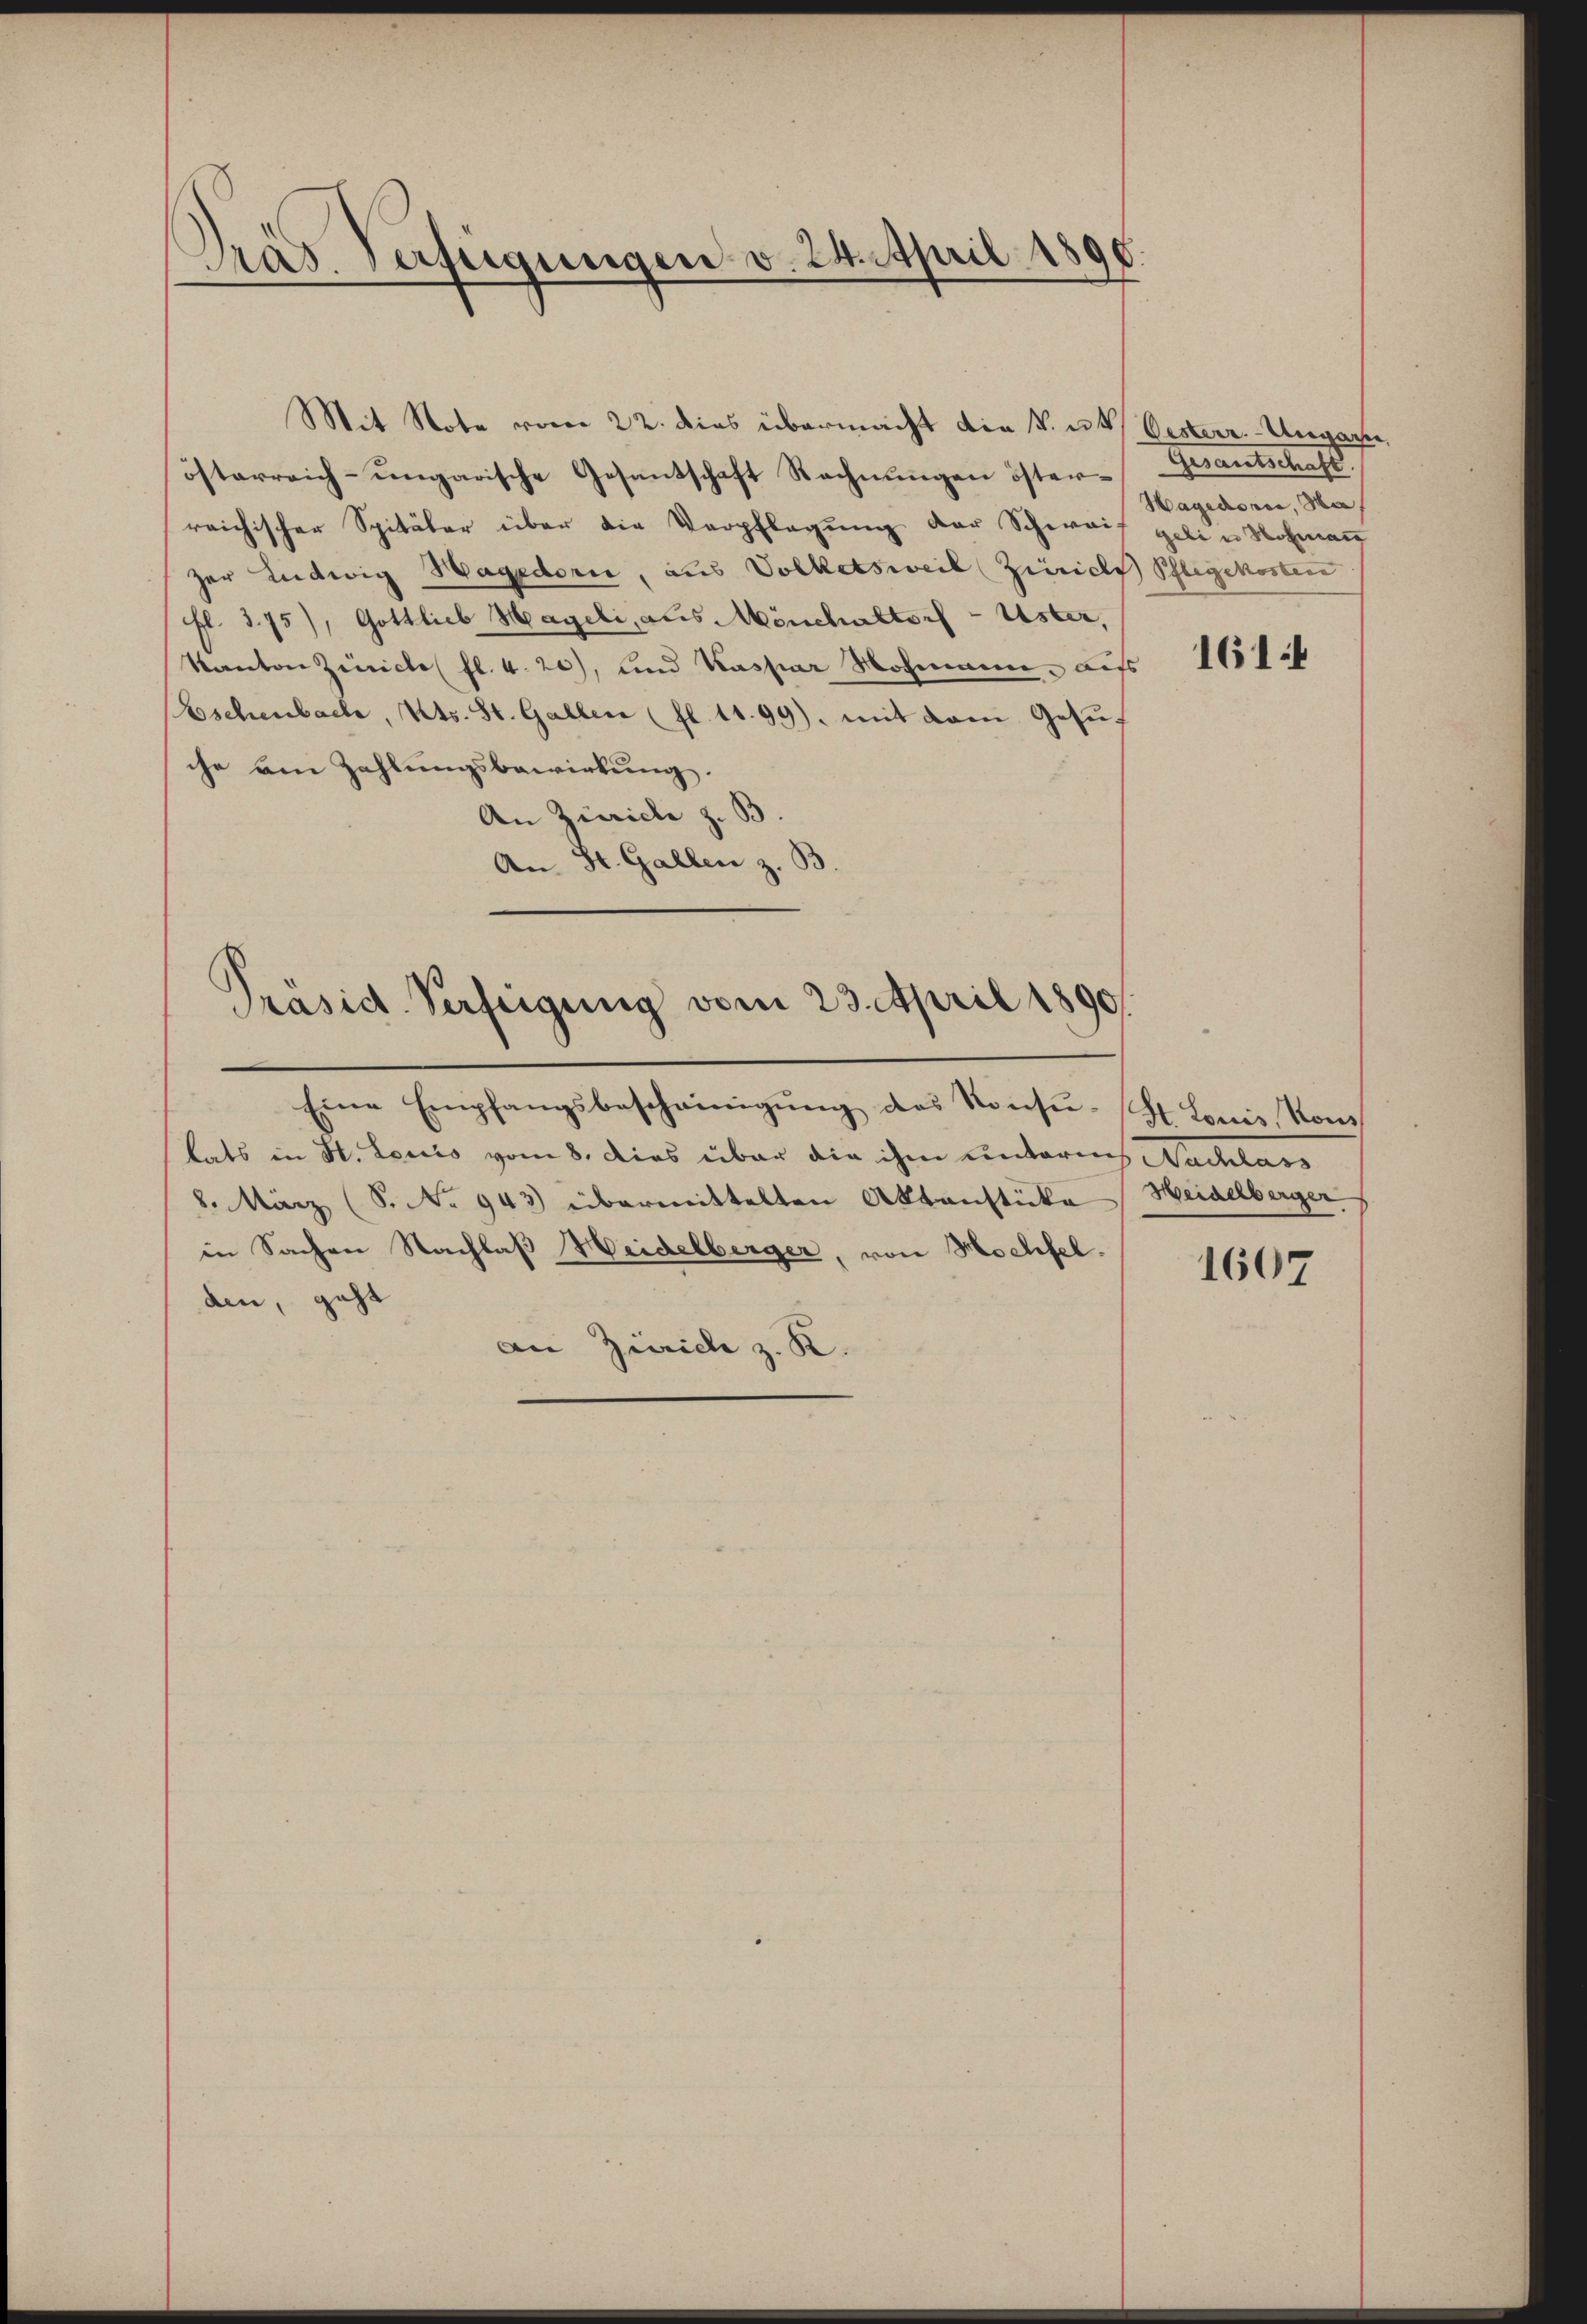
Pras. Verfügungen v. 24. April 1

Mit Note vom 22. dies übermacht die k. u.
österreich-ungarische Gesantschaft Rechnungen öster-
reichischer Spitäler über die Verpflegung der Schweizer Ludwig Hagedori, aus Volketsweil (Zürichs Pflegekosten
fl. 375), Gottlieb Hageli, aus Mönchaltorf - Uster,
Kanton Zürich fl. 4. 20), und Kaspar Wohnen aufs
Eschenbach, Kts. St. Gallen (fl. 1199), mit dem Gesŭc
che am Zahlungsbewirkung.
An Zürich z. B
An St. Gallen z. B
Präsid. Verfeigung vom 23. April 1890
Eine Empfangsbescheinigŭng des Konsŭ-St. Louis, Kons
kats in St. Louis vom 8. dies über die ihm unterm Nachlass
8. März (S. No 943) übermittelten Aktenstüke Heidelberger
in Sachen Nachlaß Heidelberger, von Hochfel.
den, geht
an Zürich z. R.

Oesterr.-Ungarn
Gesantschaft.
Hagedorer, Ha
geli u Hofmann

1614

1607